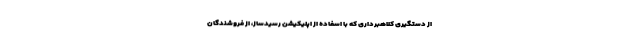
از دستگیری کلاهبرداری که با اسفاده از اپلیکیشن رسیدساز، از فروشندگان